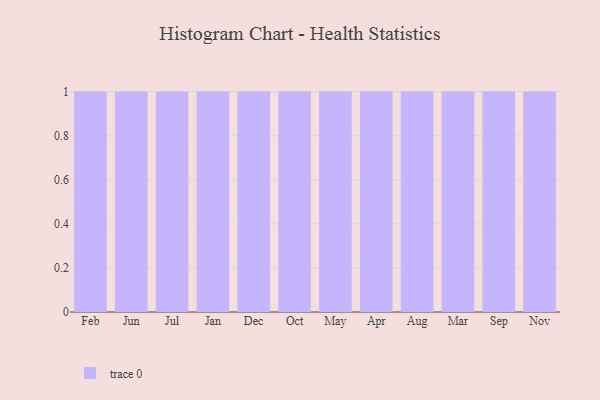
{"axis": {"x": "Month", "y": "Revenue (USD Million)"}, "legend": [""], "data": [{"x": "Feb", "y": 40, "type": ""}, {"x": "Jun", "y": 53, "type": ""}, {"x": "Jul", "y": 39, "type": ""}, {"x": "Jan", "y": 48, "type": ""}, {"x": "Dec", "y": 97, "type": ""}, {"x": "Oct", "y": 39, "type": ""}, {"x": "May", "y": 42, "type": ""}, {"x": "Apr", "y": 44, "type": ""}, {"x": "Aug", "y": 29, "type": ""}, {"x": "Mar", "y": 48, "type": ""}, {"x": "Sep", "y": 77, "type": ""}, {"x": "Nov", "y": 94, "type": ""}]}